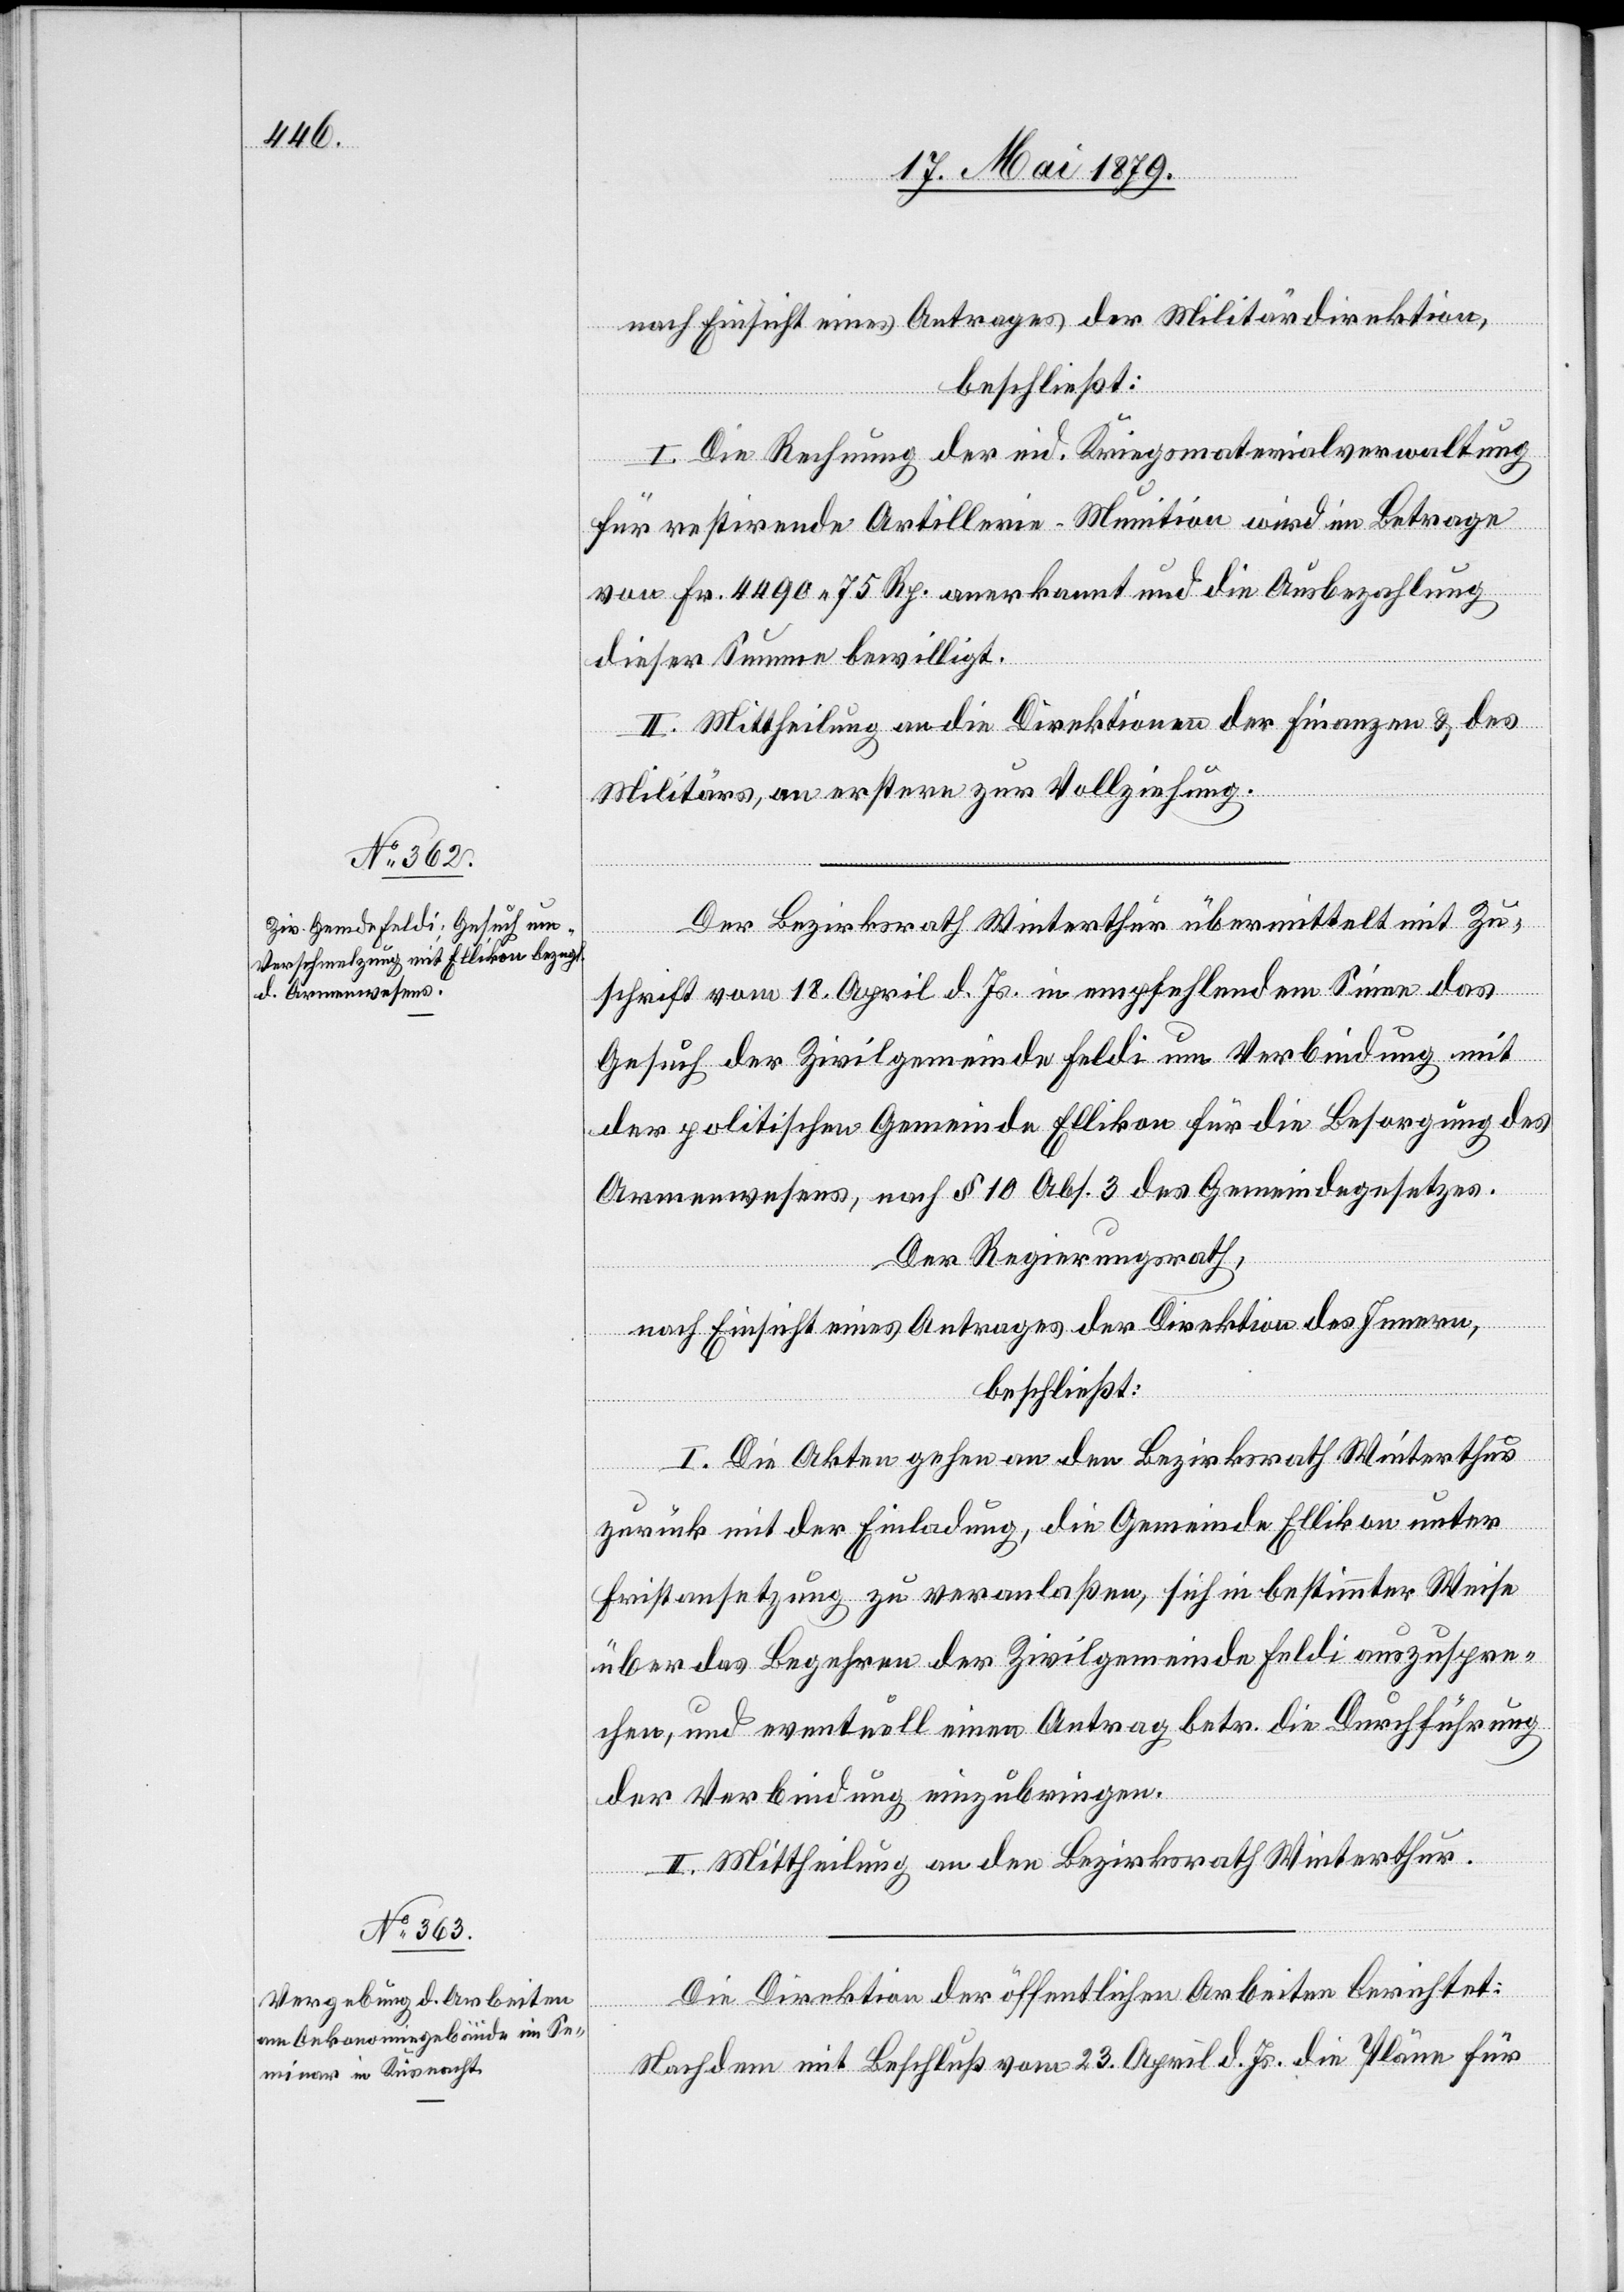
nach Einsicht eines Antrages der Militärdirektion,
beschließt:
I. Die Rechnung der eid. Kriegsmaterialverwaltung
für restirende Artillerie-Munition wird im Betrage
von Fr. 4490 75 Rp. anerkannt und die Ausbezahlung
dieser Summe bewilligt.
II. Mittheilung an die Direktion der Finanzen & des
Militärs, an erstere zur Vollziehung.
Der Bezirksrath Winterthur übermittelt mit Zu¬
schrift vom 18. April d. Js. in empfehlendem Sinne das
Gesuch der Zivilgemeinde Feldi um Verbindung mit
der politischen Gemeinde Ellikon für die Besorgung des
Armenwesens, nach § 10 Abs. 3 des Gemeindegesetzes.
Der Regierungsrath,
nach Einsicht eines Antrages der Direktion des Innern,
beschließt:
I. Die Akten gehen an den Bezirksrath Winterthur
zurück mit der Einladung, die Gemeinde Ellikon unter
Fristansetzung zu veranlaßen, sich in bestimmter Weise
über das Begehren der Zivilgemeinde Feldi auszuspre¬
chen, und eventuell einen Antrag betr. die Durchführung
der Verbindung einzubringen.
II. Mittheilung an den Bezirksrath Winterthur.
Die Direktion der öffentlichen Arbeiten berichtet:
Nachdem mit Beschluß vom 23. April d. Js. die Pläne für